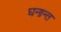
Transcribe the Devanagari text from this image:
घनान्त